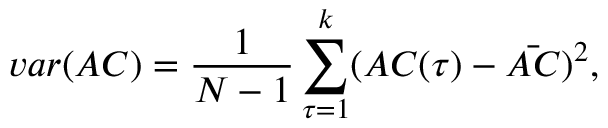
v a r ( A C ) = \frac { 1 } { N - 1 } \sum _ { \tau = 1 } ^ { k } ( A C ( \tau ) - \Bar { A C } ) ^ { 2 } ,